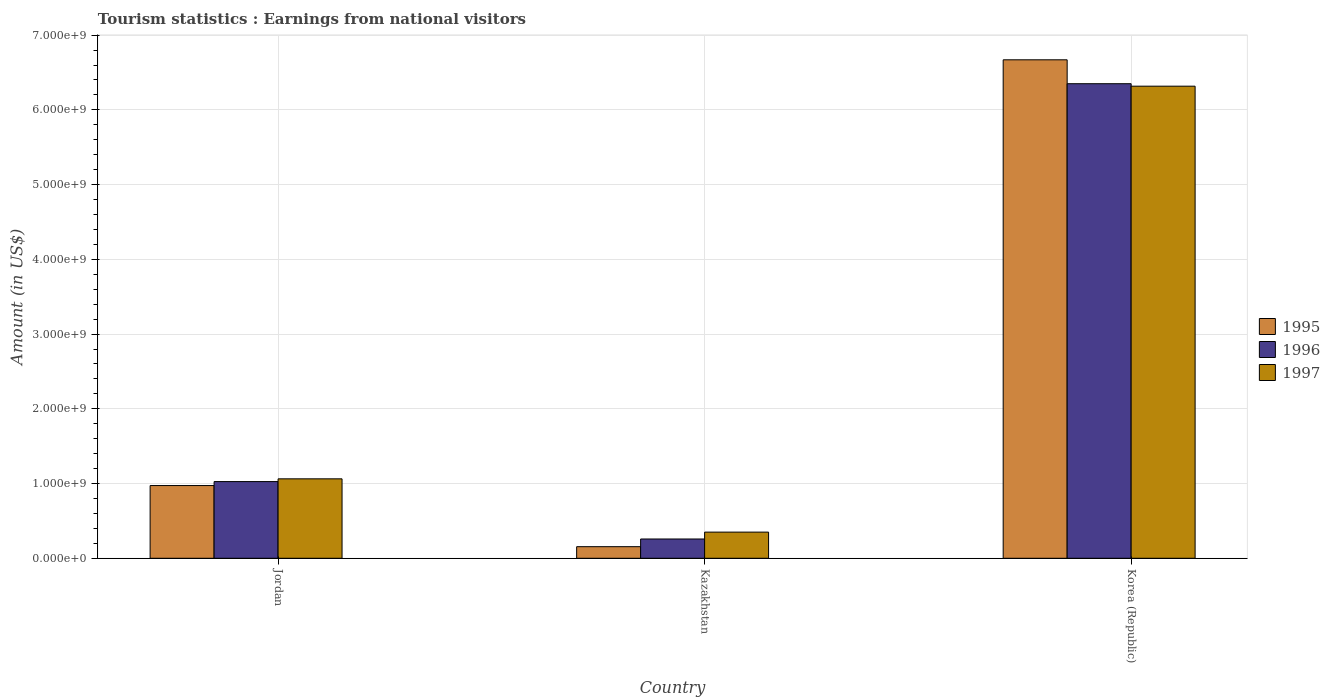
| Country | 1995 | 1996 | 1997 |
 | --- | --- | --- | --- |
 | Jordan | 9.73e+08 | 1.03e+09 | 1.06e+09 |
 | Kazakhstan | 1.55e+08 | 2.58e+08 | 3.5e+08 |
 | Korea (Republic) | 6.67e+09 | 6.35e+09 | 6.32e+09 |